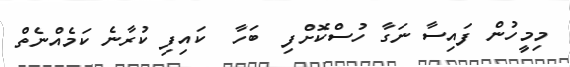
މިމީހުން ފައިސާ ނަގާ ހުސްކޮށްފި  ބަހާ  ކައިފި ކުރާނެ ކަމެއްނެތް